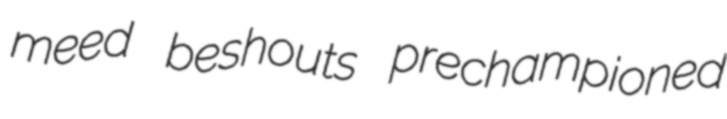
meed beshouts prechampioned